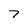
Character: 7